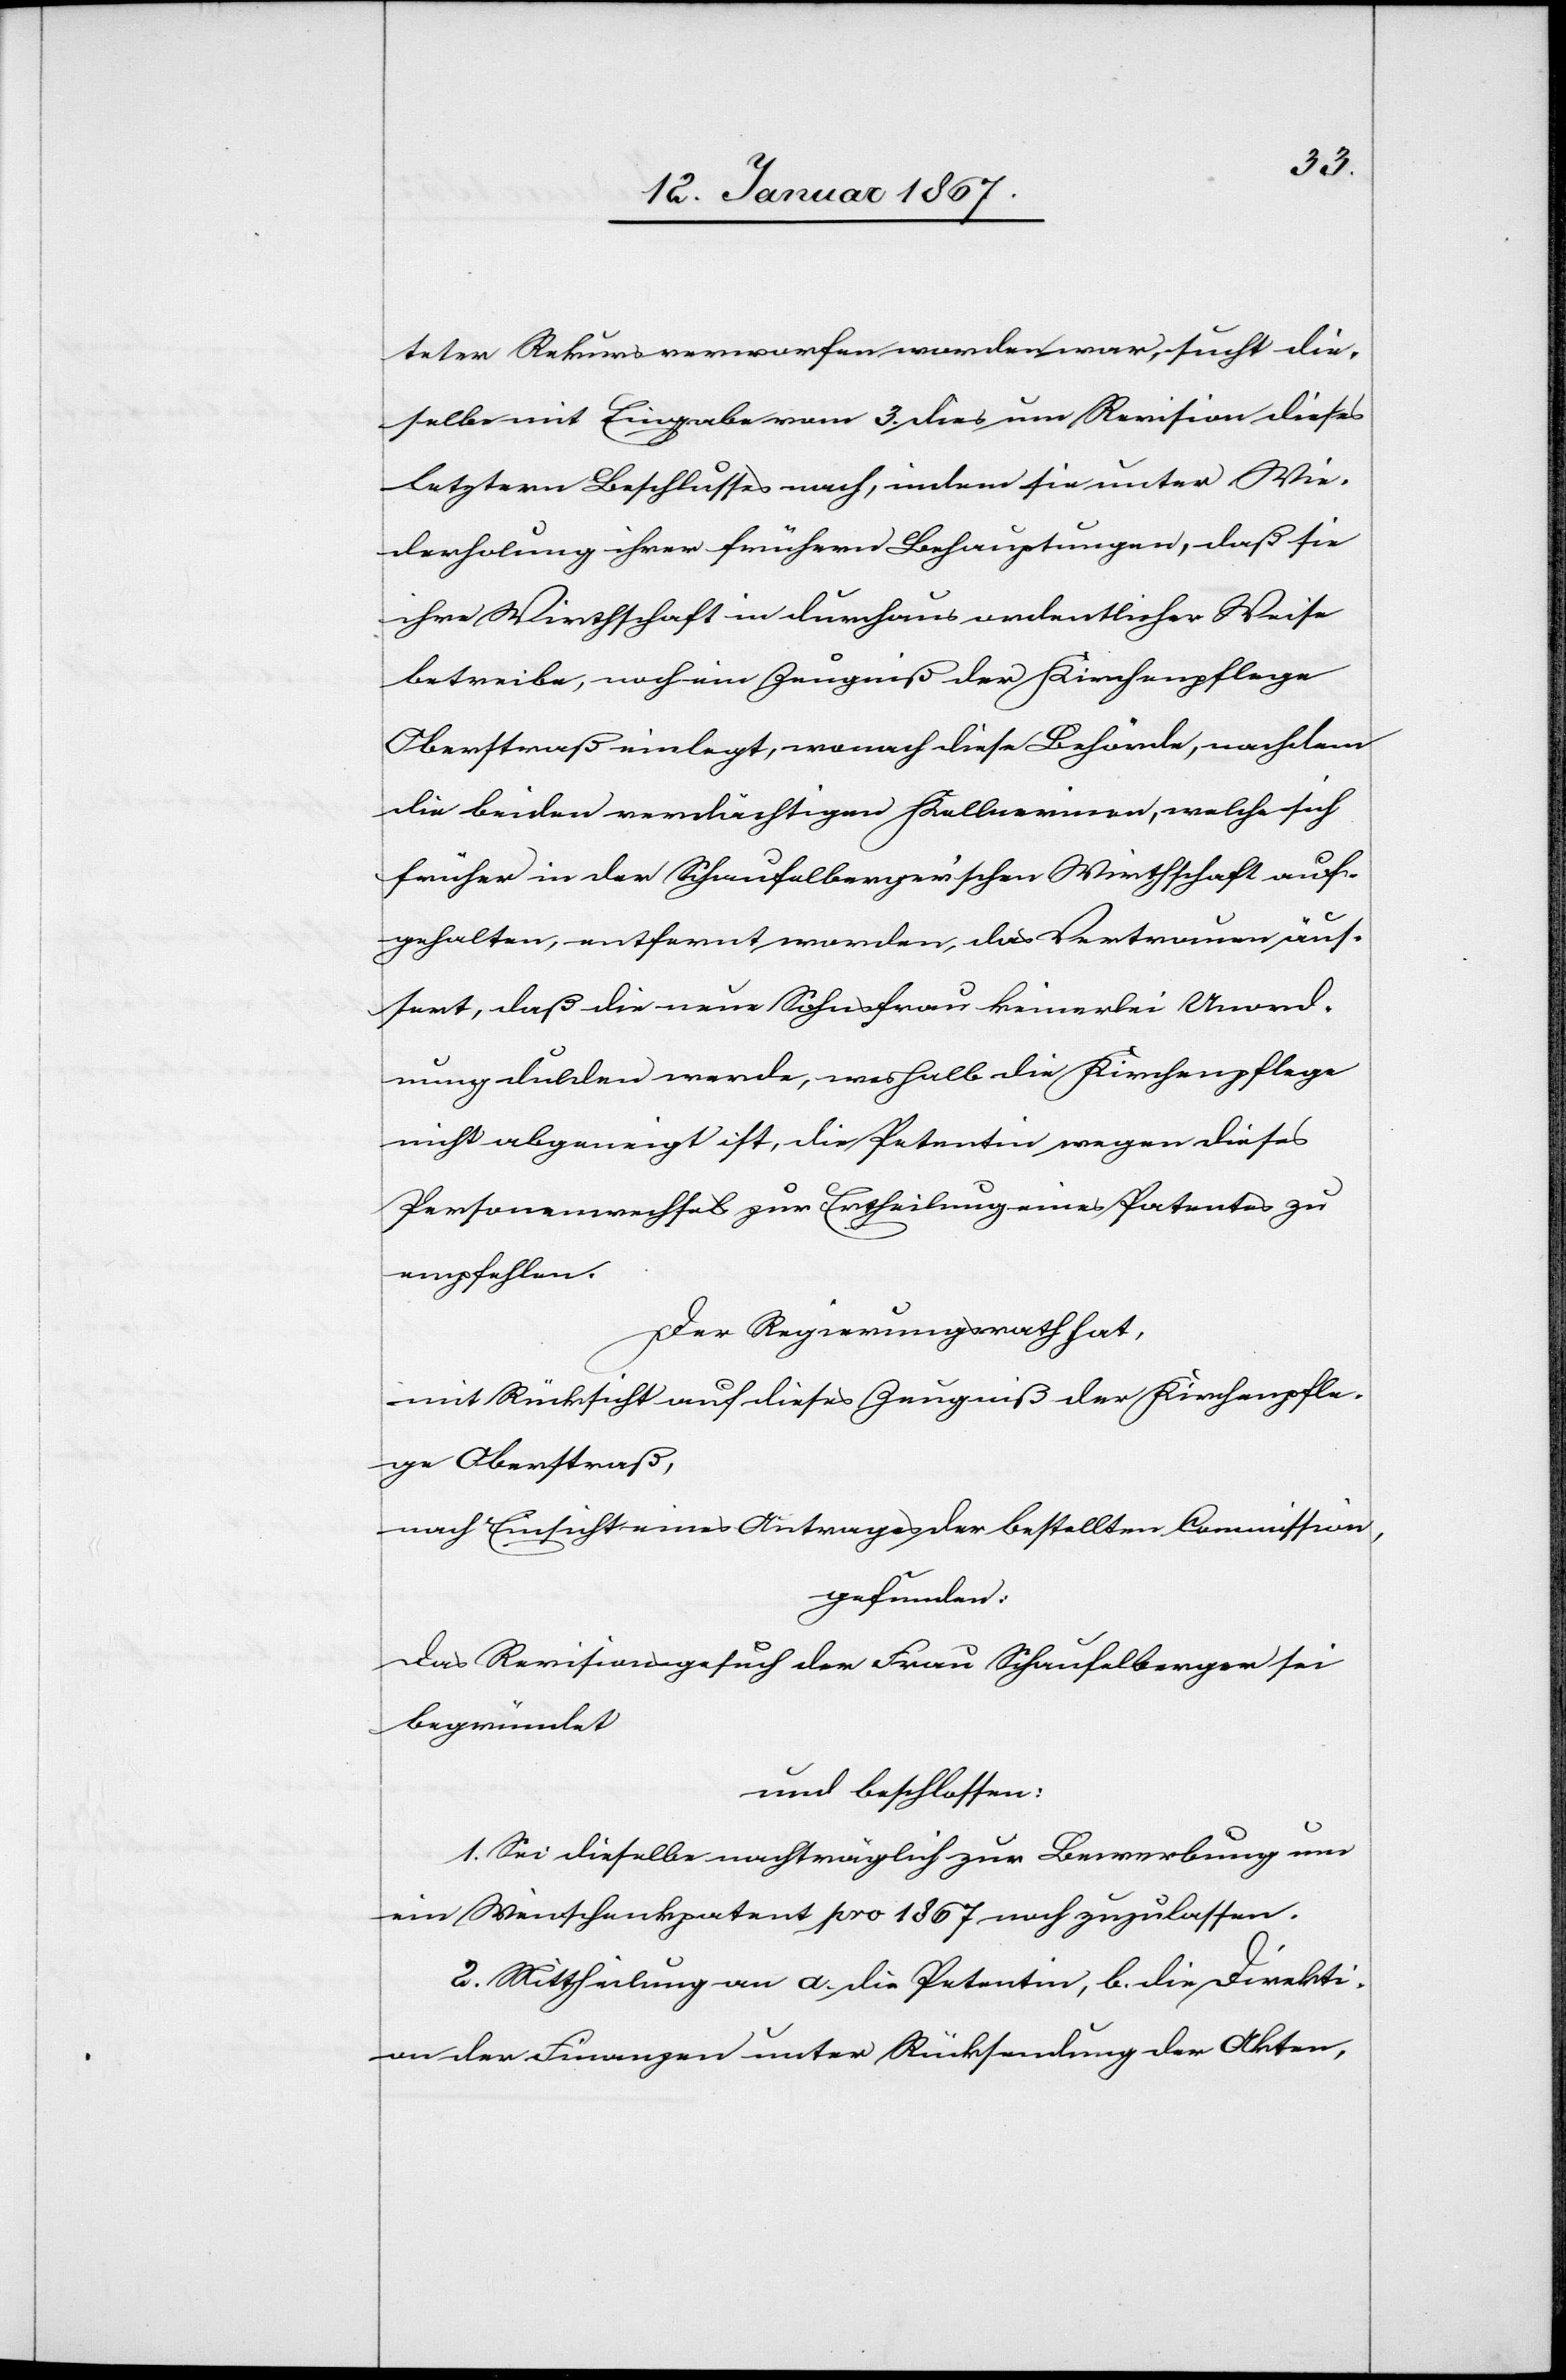
teten Rekurs verworfen worden war, sucht die¬
selbe mit Eingabe vom 3. dies um Revision dieses
letztern Beschlusses nach, indem sie unter Wie¬
derholung ihrer frühern Behauptungen, daß sie
ihre Wirtschaft in durchaus ordentlicher Weise
betreibe, noch ein Zeugniß der Kirchenpflege
Oberstraß einlegt, wonach diese Behörde, nachdem
die beiden verdächtigen Kellnerinen, welche sich
früher in der Schaufelberger’schen Wirthschaft auf¬
gehalten, entfernt worden, das Vertrauen äuß¬
ert, daß die neue Sohnsfrau keinerlei Unord¬
nung dulden werde, weshalb die Kirchenpflege
nicht abgeneigt ist, die Petentin wegen dieses
Personenwechsels zur Ertheilung eines Patentes zu
empfehlen.
Der Regierungsrath hat,
mit Rücksicht auf dieses Zeugniß der Kirchenpflege
in Oberstraß,
nach Einsicht eines Antrages der bestellten Commission,
gefunden:
Das Revisionsgesuch der Frau Schaufelberger sei
begründet
und beschlossen:
1. Sei dieselbe nachträglich zur Bewerbung um
ein Weinschankpatent pro 1867 noch zuzulassen.
2. Mittheilung an a. die Petentin, b. die Direkti¬
on der Finanzen unter Rücksendung der Akten,